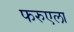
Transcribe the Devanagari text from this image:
फरुएला